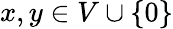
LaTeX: x,y\in V\cup\{ 0\}